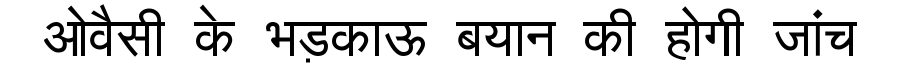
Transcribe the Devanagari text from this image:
ओवैसी के भड़काऊ बयान की होगी जांच